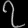
Digit: ၇